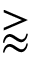
\gtrapprox